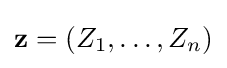
\mathbf {z} =(Z_{1},\ldots ,Z_{n})